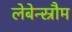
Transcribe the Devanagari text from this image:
लेबेन्स्रौम